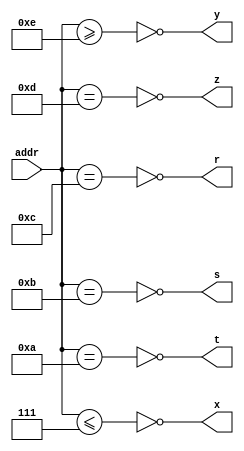
module addr_decode(input  [3:0] addr,
		   output r, s, t, x, y, z);
	assign x = !(addr <= 4'b0111);	
	assign t = !(addr == 4'b1010);	
	assign s = !(addr == 4'b1011);	
	assign r = !(addr == 4'b1100);	
	assign z = !(addr == 4'b1101);	
	assign y = !(addr >= 4'b1110);	
endmodule